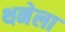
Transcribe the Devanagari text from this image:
थनेला